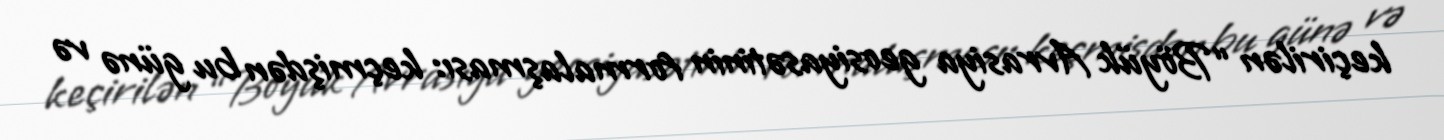
keçirilən “Böyük Avrasiya geosiyasətinin formalaşması: keçmişdən bu günə və